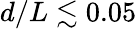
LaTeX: d/L\lesssim 0.05